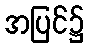
အပြင်၌